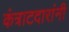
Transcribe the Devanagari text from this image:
कंत्राटदारांनी